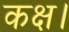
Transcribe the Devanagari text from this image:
कक्ष।